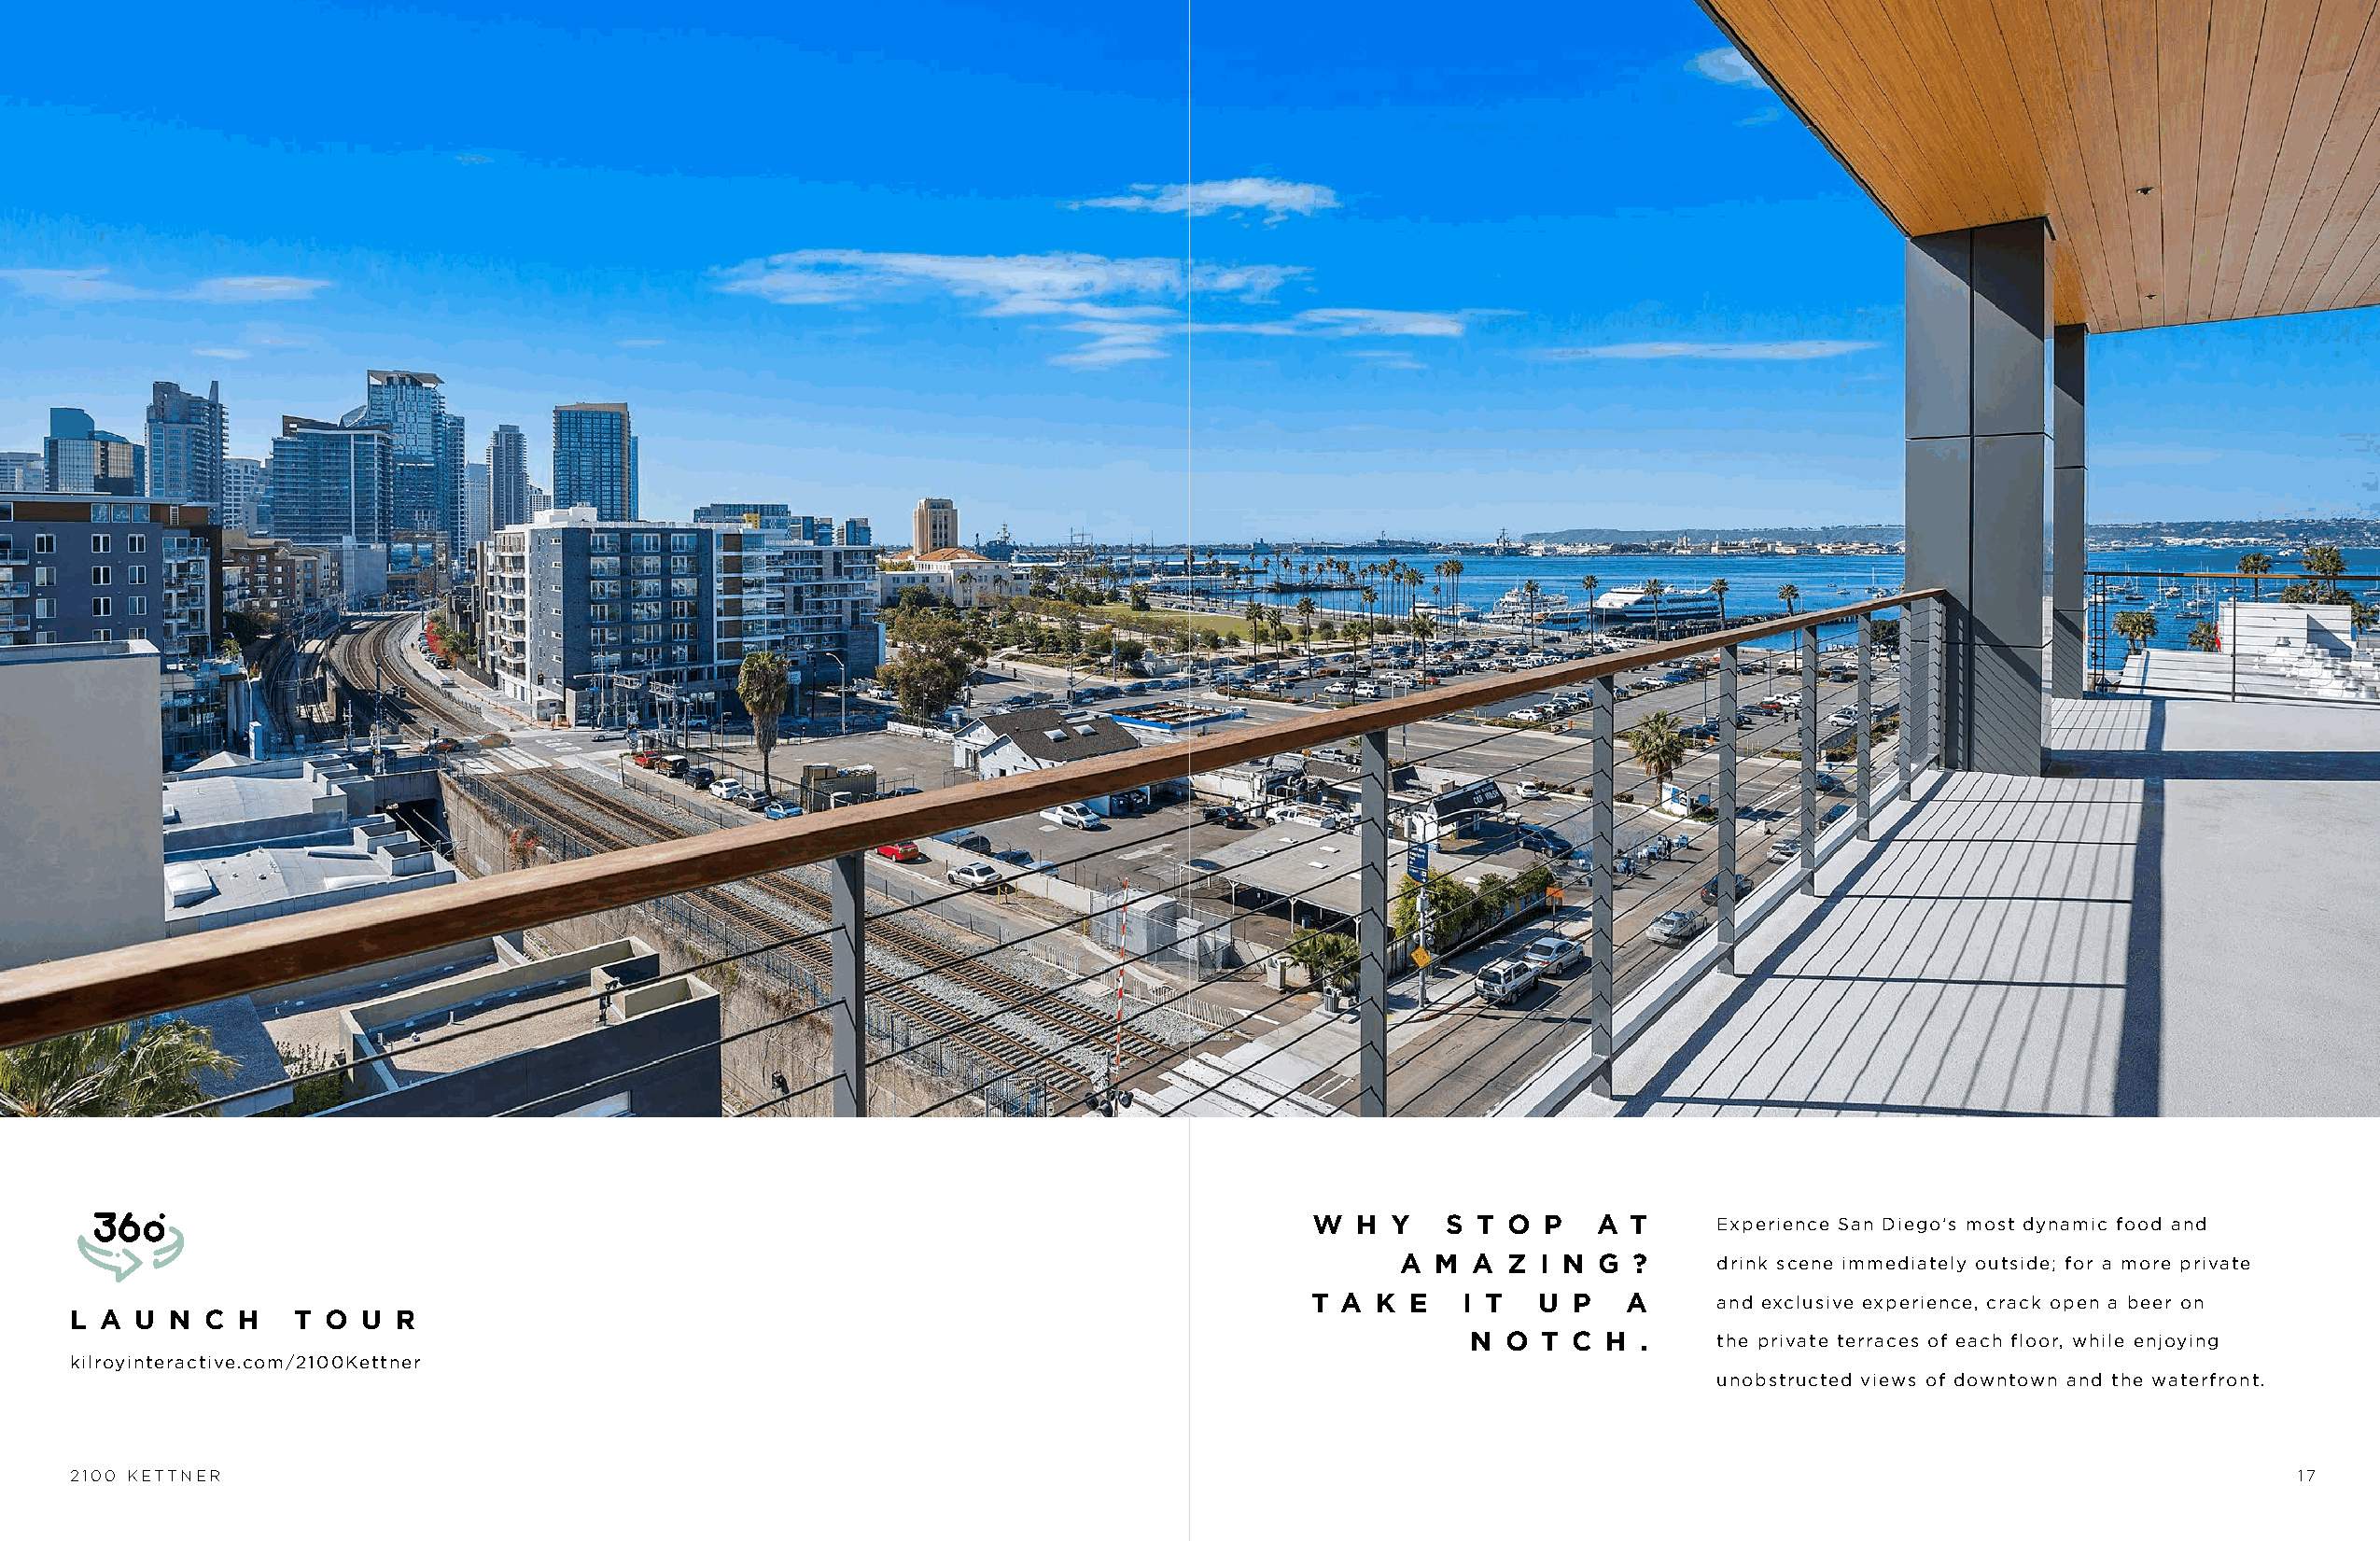
W  H  Y   S T O  P  A  T     Experience San Diego’s most dynamic food and
 A  M A  Z I N G  ?     drink scene immediately outside; for a more private
 T A  K E   I T  U  P  A      and exclusive experience, crack open a beer on
 L A  U N C  H   T O  U R
 N  O T  C H .     the private terraces of each floor, while enjoying
 kilroyinteractive.com/2100Kettner
 unobstructed views of downtown and the waterfront.
 2100 KETTNER                                                                                                                                                  17